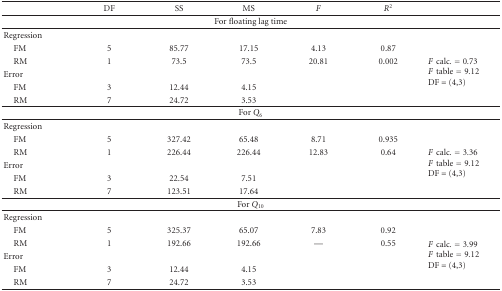
<table><thead><tr><td></td><td><b>DF</b></td><td><b>SS</b></td><td><b>MS</b></td><td><b><i>F</i></b></td><td><b><i>R</i><sup>2</sup></b></td><td></td></tr></thead><tbody><tr><td colspan="7">For floating lag time</td></tr><tr><td>Regression</td><td></td><td></td><td></td><td></td><td></td><td></td></tr><tr><td> FM</td><td>5</td><td>85.77</td><td>17.15</td><td>4.13</td><td>0.87</td><td rowspan="5"><i>F</i>calc. = 0.73<i>F</i>table = 9.12DF = (4,3)</td></tr><tr><td> RM</td><td>1</td><td>73.5</td><td>73.5</td><td>20.81</td><td>0.002</td></tr><tr><td>Error</td><td></td><td></td><td></td><td></td><td></td></tr><tr><td> FM</td><td>3</td><td>12.44</td><td>4.15</td><td></td><td></td></tr><tr><td> RM</td><td>7</td><td>24.72</td><td>3.53</td><td></td><td></td></tr><tr><td colspan="7">For <i>Q</i><sub>6</sub></td></tr><tr><td>Regression</td><td></td><td></td><td></td><td></td><td></td><td></td></tr><tr><td> FM</td><td>5</td><td>327.42</td><td>65.48</td><td>8.71</td><td>0.935</td><td rowspan="5"><i>F</i>calc. = 3.36<i>F</i>table = 9.12DF = (4,3)</td></tr><tr><td> RM</td><td>1</td><td>226.44</td><td>226.44</td><td>12.83</td><td>0.64</td></tr><tr><td>Error</td><td></td><td></td><td></td><td></td><td></td></tr><tr><td> FM</td><td>3</td><td>22.54</td><td>7.51</td><td></td><td></td></tr><tr><td> RM</td><td>7</td><td>123.51</td><td>17.64</td><td></td><td></td></tr><tr><td colspan="7">For <i>Q</i><sub>10</sub></td></tr><tr><td>Regression</td><td></td><td></td><td></td><td></td><td></td><td></td></tr><tr><td> FM</td><td>5</td><td>325.37</td><td>65.07</td><td>7.83</td><td>0.92</td><td rowspan="5"><i>F</i>calc. = 3.99<i>F</i>table = 9.12DF = (4,3)</td></tr><tr><td> RM</td><td>1</td><td>192.66</td><td>192.66</td><td>—</td><td>0.55</td></tr><tr><td>Error</td><td></td><td></td><td></td><td></td><td></td></tr><tr><td> FM</td><td>3</td><td>12.44</td><td>4.15</td><td></td><td></td></tr><tr><td> RM</td><td>7</td><td>24.72</td><td>3.53</td><td></td><td></td></tr></tbody></table>